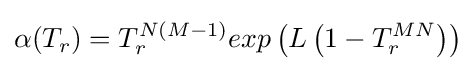
\alpha (T_{r})=T_{r}^{N\left(M-1\right)}exp\left(L\left(1-T_{r}^{MN}\right)\right)